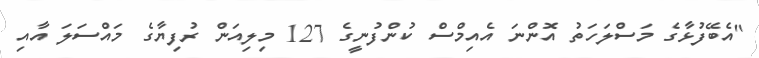
"އެބޭފުޅާގެ މަސްލަހަތު އޮންނަ އެއިމްސް ކުންފުނީގެ 127 މިލިއަން ރުފިޔާގެ މައްސަލަ އާއި